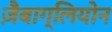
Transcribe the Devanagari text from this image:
ज़ैबाग्लियोन